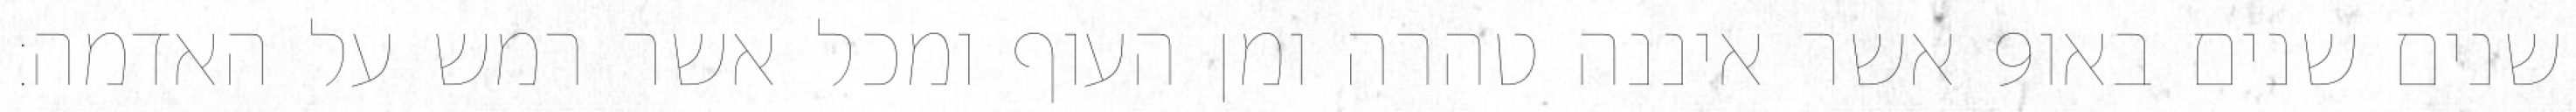
אשר איננה טהרה ומן העוף ומכל אשר רמש על האדמה׃ ‎9‏ שנים שנים באו